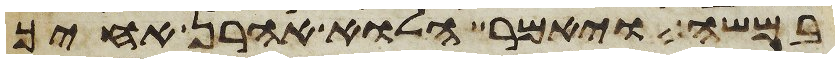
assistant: במשה ויאמר הלוא אהרן אחיך